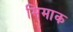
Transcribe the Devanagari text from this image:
मिमाक